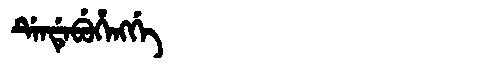
Manchu: ᡩᡝᠨᡩᡝᠪᡠᡥᡝᠩᡤᡝ
Romanization: DENDEBUHENGGE